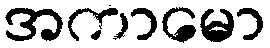
အကာမော